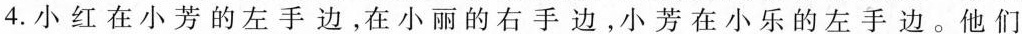
4.小红在小芳的左手边，在小丽的右手边，小芳在小乐的左手边。他们